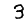
Digit: 3